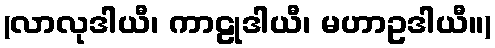
(လာလုဒါယီ၊ ကာဠုဒါယီ၊ မဟာဥဒါယီ။)